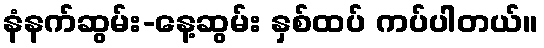
နံနက်ဆွမ်း-နေ့ဆွမ်း နှစ်ထပ် ကပ်ပါတယ်။